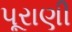
પૂરાણી